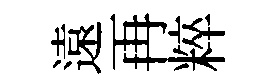
遠再粹